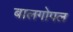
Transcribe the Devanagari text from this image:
बालगोपल